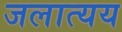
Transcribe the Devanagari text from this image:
जलात्यय